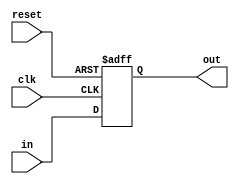
module PC (
    input clk,       // Clock
    input reset,     // Reset signal
    input [31:0] in, // Input address
    output reg [31:0] out // Output address
);

always @(posedge clk or posedge reset) begin
    if (reset) begin
        out <= 32'b0; // Reset PC to 0
    end else begin
        out <= in; // Update PC with the input address
    end
end

endmodule